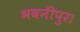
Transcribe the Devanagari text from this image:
भवनीपुर।